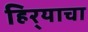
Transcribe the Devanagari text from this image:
हिर्‍याचा